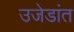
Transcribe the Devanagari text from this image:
उजेडांत